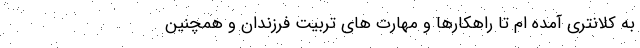
به کلانتری آمده ام تا راهکارها و مهارت های تربیت فرزندان و همچنین